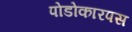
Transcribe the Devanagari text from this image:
पोडोकारपस